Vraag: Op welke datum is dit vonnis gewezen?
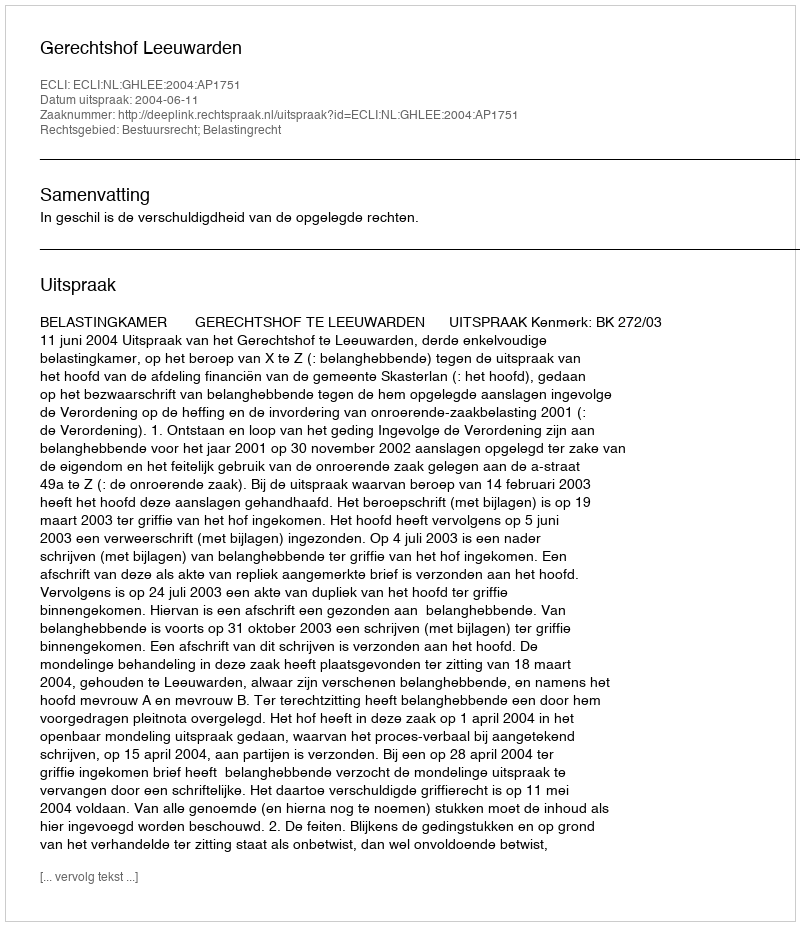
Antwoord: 2004-06-11